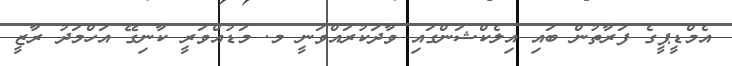
އެމްޑީޕީގެ ފަރާތުން ބައި އިލެކްޝަންގައި ވާދަކުރައްވަނީ މ. މަޑުއްވަރީ ކާނިގޭ އަހްމަދު ރާޒީ